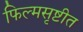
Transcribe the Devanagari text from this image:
फिल्मसृष्टीत